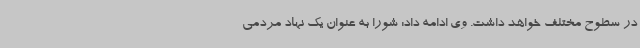
در سطوح مختلف خواهد داشت. وی ادامه داد: شورا به عنوان یک نهاد مردمی